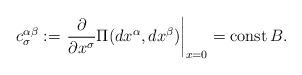
LaTeX: \begin{align*}c_{\sigma}^{\alpha\beta} := \left.\frac{\partial}{\partial x^{\sigma}}\Pi(dx^{\alpha},dx^{\beta})\right|_{x=0} = \operatorname{const} B.\end{align*}